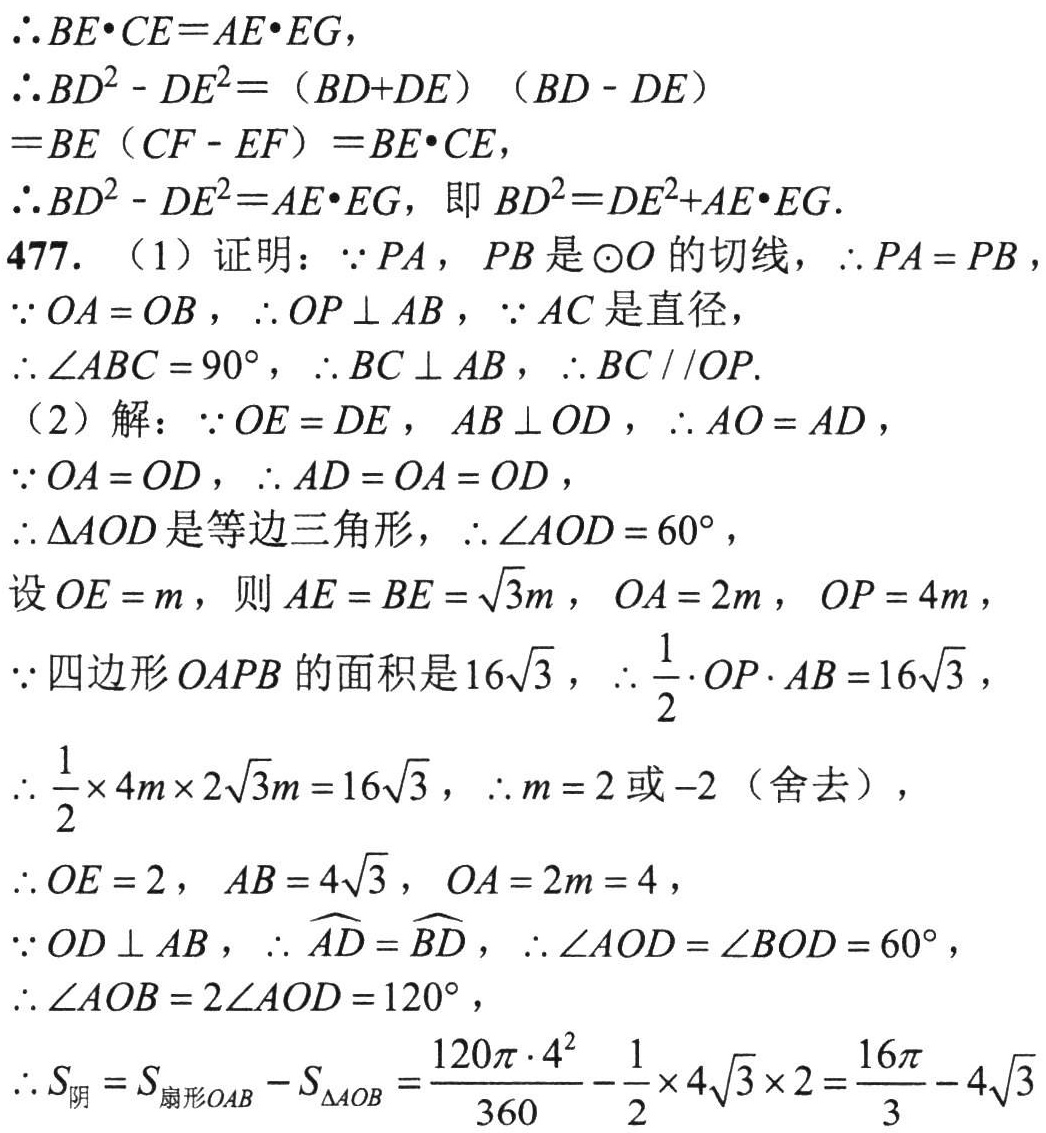
\(\therefore BE\cdot CE = AE\cdot EG\)
\(\therefore BD^{2}-DE^{2}=(BD + DE)(BD - DE)\)
\(=BE(CF - EF)=BE\cdot CE\)
\(\therefore BD^{2}-DE^{2}=AE\cdot EG\), 即 \(BD^{2}=DE^{2}+AE\cdot EG\).
477. (1) 证明: \(\because PA\), \(PB\) 是\(\odot O\)的切线, \(\therefore PA = PB\)
\(\because OA = OB\), \(\therefore OP\perp AB\), \(\because AC\) 是直径,
\(\therefore\angle ABC = 90^{\circ}\), \(\therefore BC\perp AB\), \(\therefore BC\parallel OP\).
(2) 解: \(\because OE = DE\), \(AB\perp OD\), \(\therefore AO = AD\),
\(\because OA = OD\), \(\therefore AD = OA = OD\),
\(\therefore\triangle AOD\)是等边三角形, \(\therefore\angle AOD = 60^{\circ}\),
设 \(OE = m\), 则 \(AE = BE=\sqrt{3}m\), \(OA = 2m\), \(OP = 4m\),
\(\because\) 四边形 \(OAPB\) 的面积是 \(16\sqrt{3}\), \(\therefore\frac{1}{2}\cdot OP\cdot AB = 16\sqrt{3}\),
\(\therefore\frac{1}{2}\times4m\times2\sqrt{3}m = 16\sqrt{3}\), \(\therefore m = 2\)或\(-2\)（舍去）,
\(\therefore OE = 2\), \(AB = 4\sqrt{3}\), \(OA = 2m = 4\),
\(\because OD\perp AB\), \(\therefore\overset{\frown}{AD}=\overset{\frown}{BD}\), \(\therefore\angle AOD=\angle BOD = 60^{\circ}\),
\(\therefore\angle AOB = 2\angle AOD = 120^{\circ}\),
\(\therefore S_{阴}=S_{扇形OAB}-S_{\triangle AOB}=\frac{120\pi\cdot4^{2}}{360}-\frac{1}{2}\times4\sqrt{3}\times2=\frac{16\pi}{3}-4\sqrt{3}\)